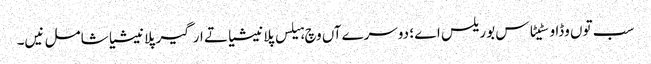
سب تو‏ں وڈا وسٹیٹاس بوریلس اے ؛ دوسرےآں وچ ہیلس پلانیشیا تے ارگیر پلانیشیا شامل نیں۔